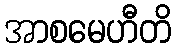
အာစမေဟီတိ